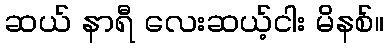
ဆယ် နာရီ လေးဆယ့်ငါး မိနစ်။